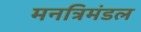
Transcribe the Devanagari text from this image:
मनत्रिमंडल